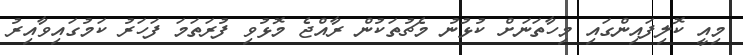
މިއީ ކޮލިފައިންގައި މިހާތަނަށް ކުޅުނު މެޗުތަކުން ރާއްޖެ މޮޅުވި ފުރަތަމަ ފަހަރު ކަމުގައިވާއިރު